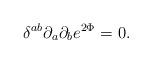
LaTeX: \begin{align*}\delta^{ab}\partial_a\partial_b e^{2\Phi} = 0.\end{align*}